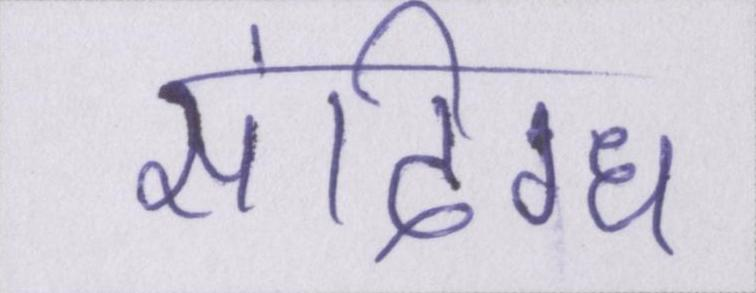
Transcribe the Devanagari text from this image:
संदिग्ध